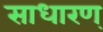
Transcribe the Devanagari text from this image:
साधारण्